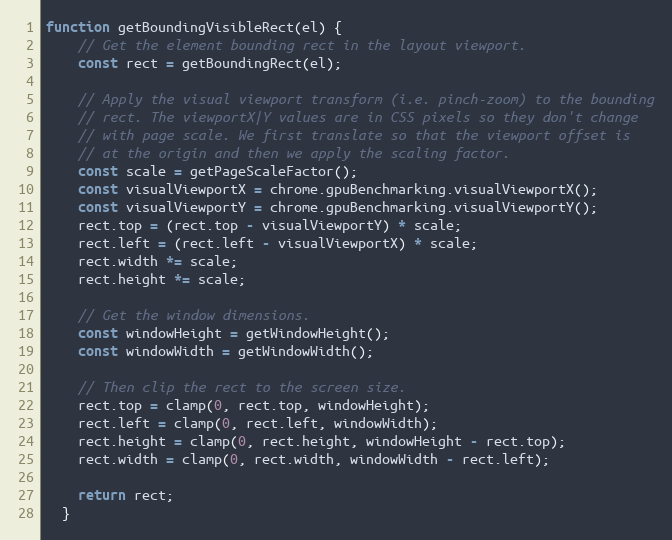
Language: JavaScript
function getBoundingVisibleRect(el) {
    // Get the element bounding rect in the layout viewport.
    const rect = getBoundingRect(el);

    // Apply the visual viewport transform (i.e. pinch-zoom) to the bounding
    // rect. The viewportX|Y values are in CSS pixels so they don't change
    // with page scale. We first translate so that the viewport offset is
    // at the origin and then we apply the scaling factor.
    const scale = getPageScaleFactor();
    const visualViewportX = chrome.gpuBenchmarking.visualViewportX();
    const visualViewportY = chrome.gpuBenchmarking.visualViewportY();
    rect.top = (rect.top - visualViewportY) * scale;
    rect.left = (rect.left - visualViewportX) * scale;
    rect.width *= scale;
    rect.height *= scale;

    // Get the window dimensions.
    const windowHeight = getWindowHeight();
    const windowWidth = getWindowWidth();

    // Then clip the rect to the screen size.
    rect.top = clamp(0, rect.top, windowHeight);
    rect.left = clamp(0, rect.left, windowWidth);
    rect.height = clamp(0, rect.height, windowHeight - rect.top);
    rect.width = clamp(0, rect.width, windowWidth - rect.left);

    return rect;
  }